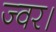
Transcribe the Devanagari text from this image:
ज्वर।